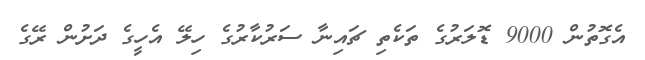
އެގޮތުން 9000 ޑޮލަރުގެ ތަކެތި ޗައިނާ ސަރުކާރުގެ ހިލޭ އެހީގެ ދަށުން ރޭގެ